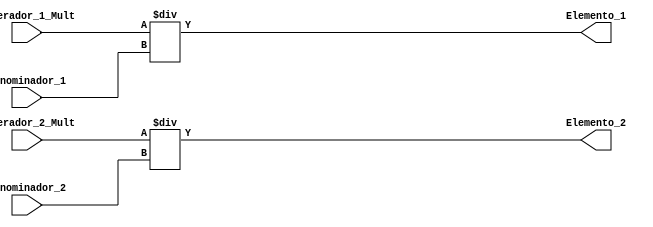
/*============================================================================================================
 Este programa tem a finalidade de realizar a diviso dos numeradores e denominadores  para a funo trapezoidal:
              --------------------------------------------------------------
				  mudar* trimf (X;A,B,C) = max(min{[(x-a)/(b-a)],[(c-x)/(c-b)],[0]} 
				  --------------------------------------------------------------
Onde: Numerador_1 = (x-a);
      Denominador_1 = (b-a);
		Numerador_2 = (d-x);
		Denominador_2 = (d-c);  
                                                /---------\
	                                           /           \
                                              /             \	
												 /               \ 
		                                      a  b         c  d
O numerador utilizado  o que foi no multiplicado pro 100 no programa "trapezio". 
Essa multiplicao foi necessria para que o resultado fosse expressado entre 0 e 100
e no entre um numero fracionrio entre 0 e 1 no resultado deste programa.
===============================================================================================================*/	
module Elementos_trapezio (Numerador_1_Mult, Numerador_2_Mult, Denominador_1, Denominador_2, Elemento_1, Elemento_2);
input [31:0] Numerador_1_Mult, Numerador_2_Mult, Denominador_1, Denominador_2;
output [31:0]  Elemento_1, Elemento_2;

assign Elemento_1 = Numerador_1_Mult/Denominador_1;
assign Elemento_2 = Numerador_2_Mult/Denominador_2;


endmodule